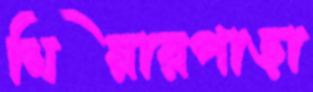
মিয়ারপাড়া